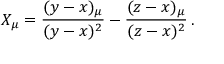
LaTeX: X _ { \mu } = \frac { ( y - x ) _ { \mu } } { ( y - x ) ^ { 2 } } - \frac { ( z - x ) _ { \mu } } { ( z - x ) ^ { 2 } } \, .